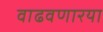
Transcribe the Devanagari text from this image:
वाढवणारया